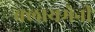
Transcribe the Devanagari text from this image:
क्लायमेनी